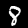
Digit: 8